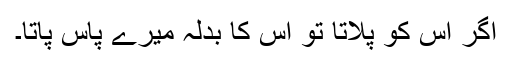
اگر اس کو پلاتا تو اس کا بدلہ میرے پاس پاتا۔